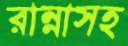
রান্নাসহ